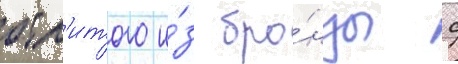
отл'итого и́з бро́нзы с